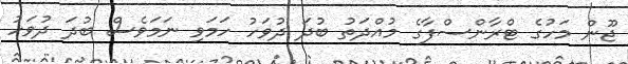
ޖޫން މަހުގެ ޓްރާންސްފާގެ މުއްދަތު ބުދަ ދުވަހު ހަމަވި ނަމަވެސް ބުދަ ދުވަހު